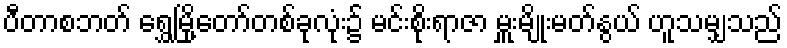
ပီတာစဘတ် ရွှေမြို့တော်တစ်ခုလုံး၌ မင်းစိုးရာဇာ မှူးမျိုးမတ်နွယ် ဟူသမျှသည်